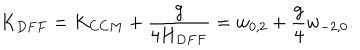
LaTeX: K _ { D F F } = K _ { C C M } + \frac { g } { 4 H _ { D F F } } = w _ { 0 , 2 } + { \frac { g } { 4 } } w _ { - 2 , 0 } .